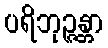
ပရိဘုဉ္ဇန္တာ